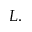
L .